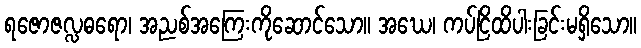
ရဇောဇလ္လဓရော၊ အညစ်အကြေးကိုဆောင်သော။ အဃေ၊ ကပ်ငြိထိပါးခြင်းမရှိသော။